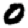
Digit: 0